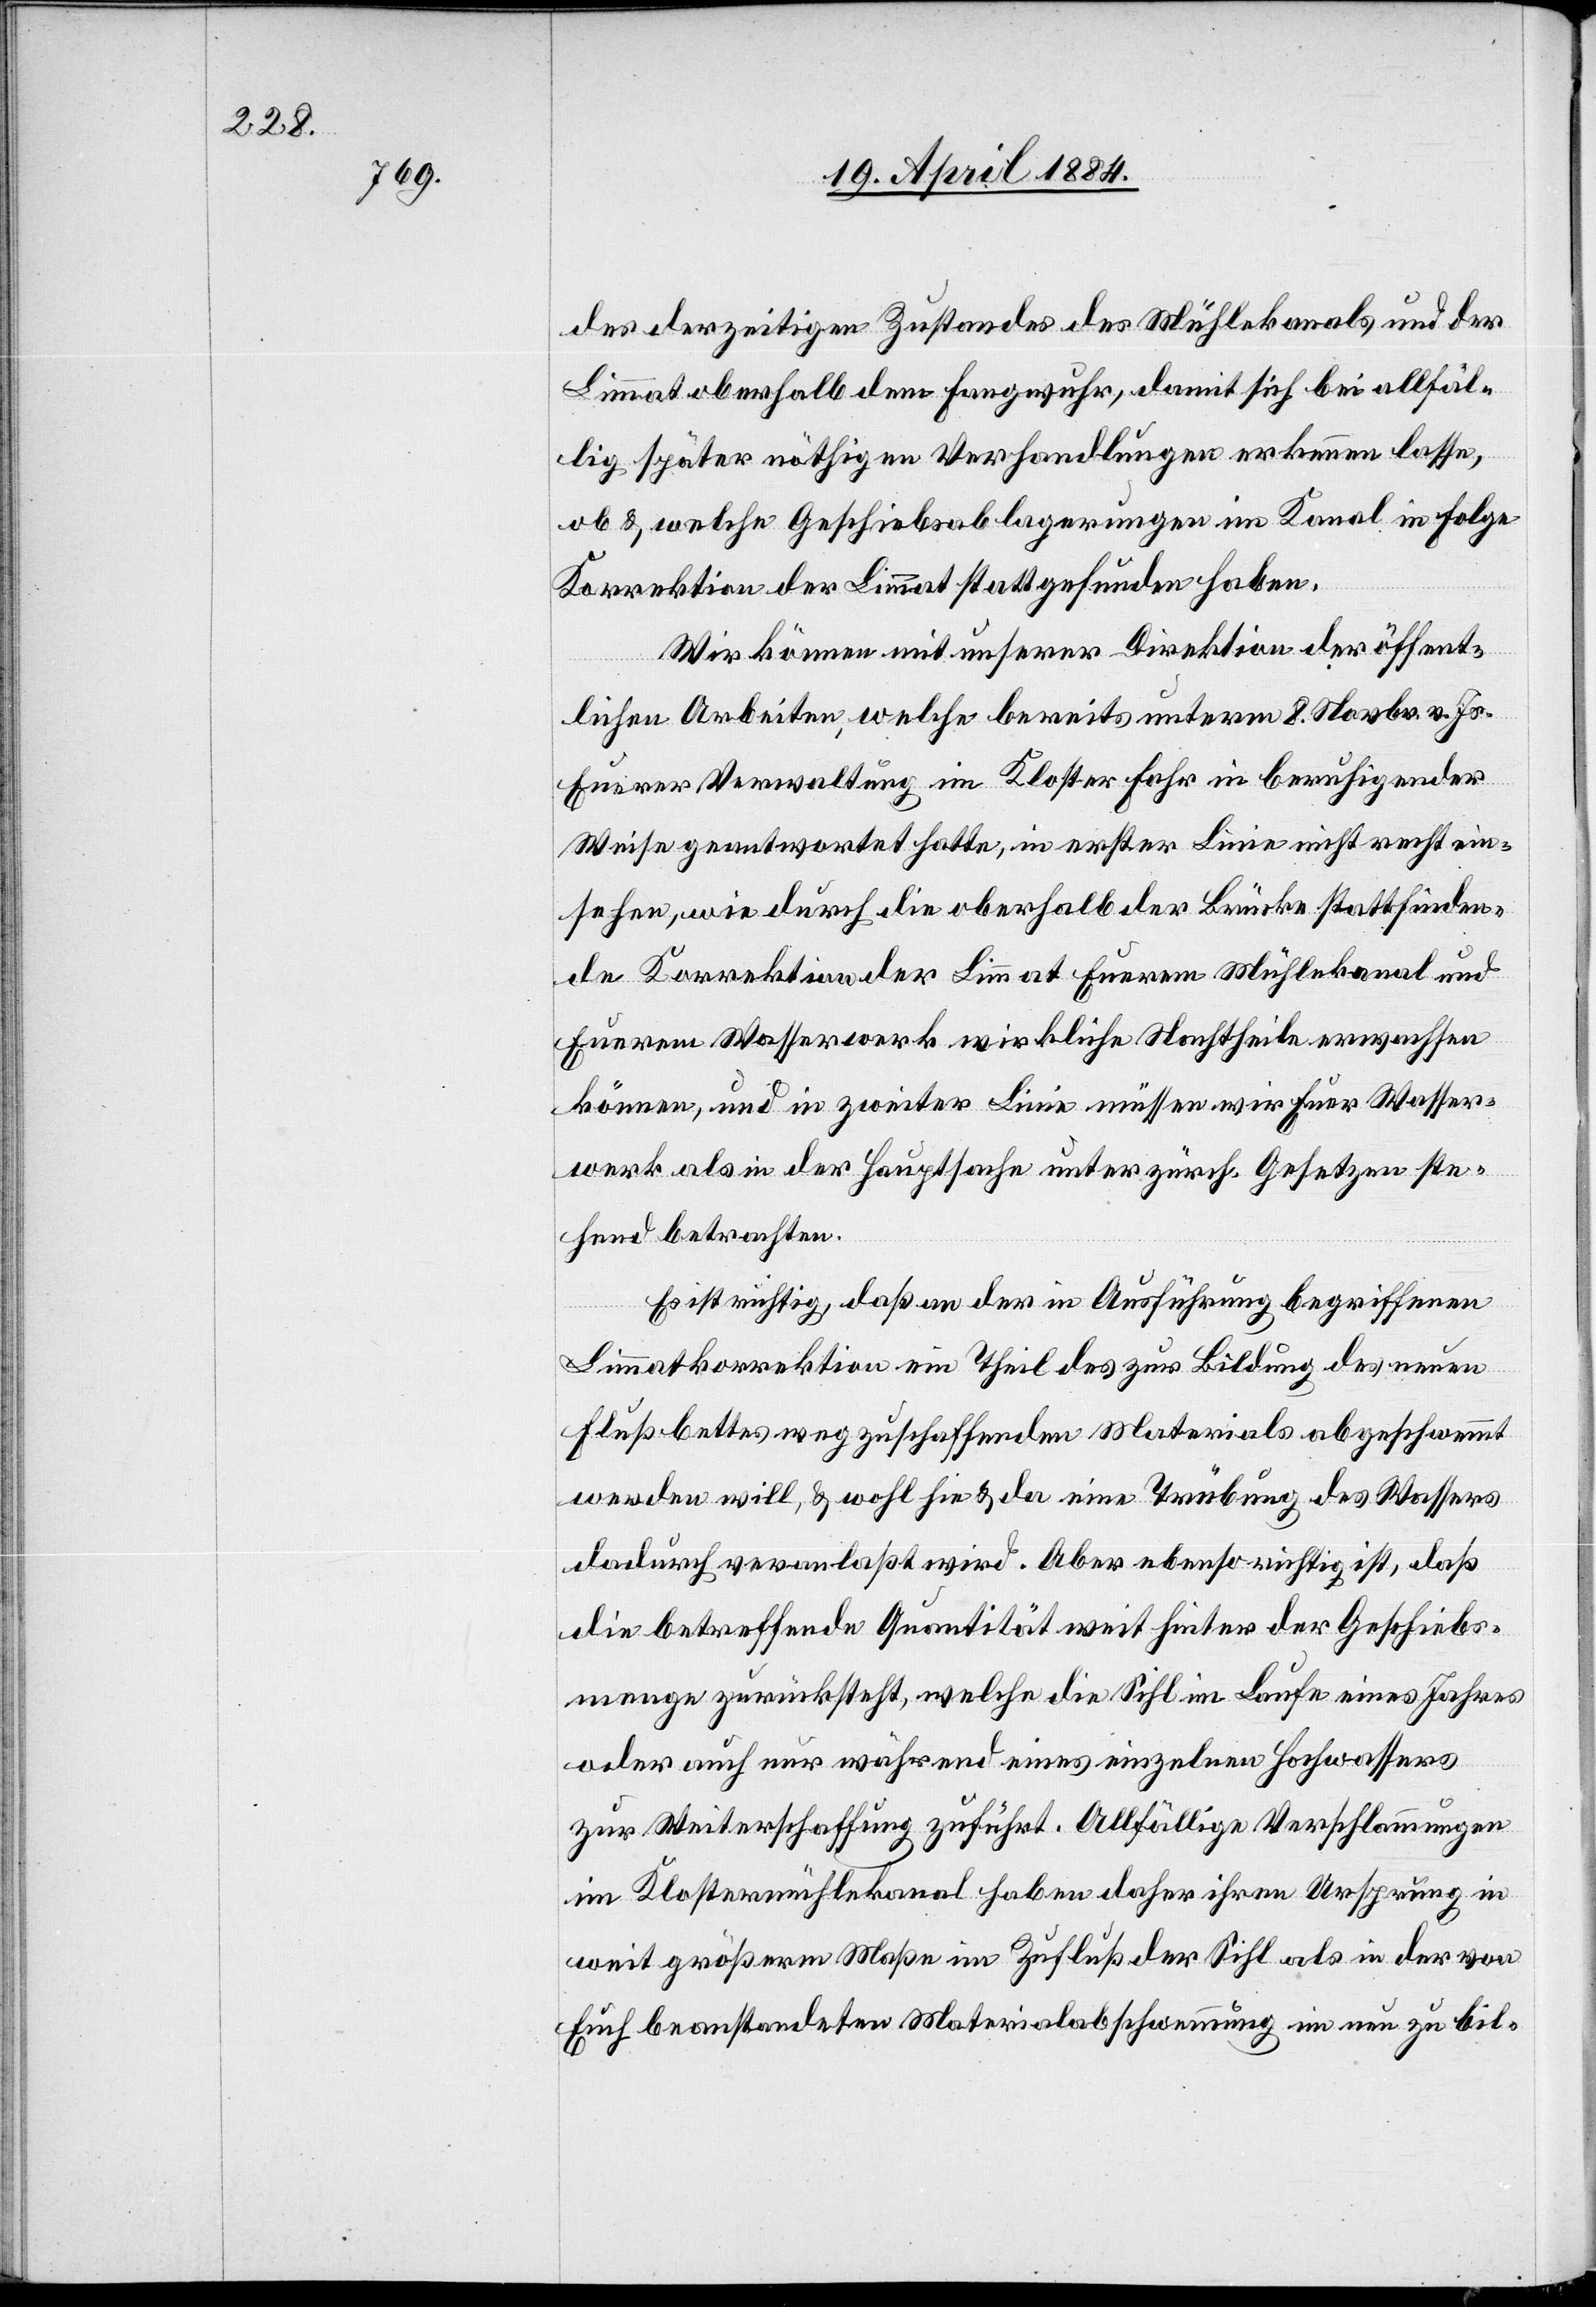
des derzeitigen Zustandes des Mühlekanals und der
Limmat oberhalb dem Fangwuhr, damit sich bei allfäl¬
lig später nöthigen Verhandlungen erkennen lasse,
ob & welche Geschiebsablagerungen im Kanal in Folge
Korrektion der Limmat stattgefunden haben.
Wir können mit unserer Direktion der öffent¬
lichen Arbeiten, welche bereits unterm 8. Novbr. v. Js.
Euerer Verwaltung im Kloster Fahr in beruhigender
Weise geantwortet hatte, in erster Linie nicht recht ein¬
sehen, wie durch die oberhalb der Brücke stattfinden¬
de Korrektion der Limmat Euerem Mühlekanal und
Euerem Wasserwerk wirkliche Nachtheile erwachsen
können, und in zweiter Linie müssen wir Euer Wasser¬
werk als in der Hauptsache unter zürch. Gesetzen ste¬
hend betrachten.
Es ist richtig, daß an der in Ausführung begriffenen
Limmatkorrektion ein Theil des zur Bildung des neuen
Flußbettes wegzuschaffenden Materials abgeschwemmt
werden will, & wohl hin & da eine Trübung des Wassers
dadurch veranlaßt wird. Aber ebenso richtig ist, daß
die betreffende Quantität weit hinter der Geschiebs¬
menge zurücksteht, welche die Sihl im Laufe eines Jahres
oder auch nur während eines einzelnen Hochwassers
zur Weiterschaffung zuführt. Allfällige Verschlammungen
im Klostermühlekanal haben daher ihren Ursprung in
weit größerm Maße im Zufluß der Sihl als in der von
Euch beanstandeten Materialsabschwemmung im nun zu bil-